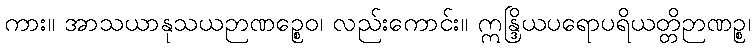
ကား။ အာသယာနုသယဉာဏဉ္စေဝ၊ လည်းကောင်း။ ဣန္ဒြိယပရောပရိယတ္တိဉာဏဉ္စ၊